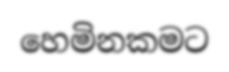
හෙමිනකමට